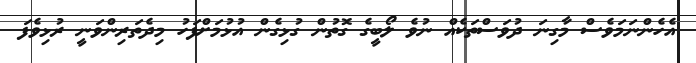
އެހެންނަމަވެސް މާގިނަ ދުވަސްތަކެއް ނުވެ ލޯބީގެ ގޮތުން ގުޅިގެން އުޅުމަށްފަހު މިދެތަރިންވަނީ ރުޅިވެފަ